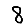
Digit: 8